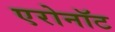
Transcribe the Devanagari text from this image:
एरोनॉट